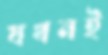
যখনই